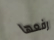
رفعها